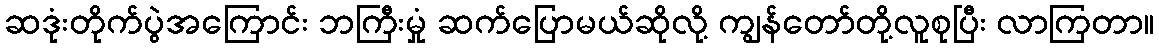
ဆဒုံးတိုက်ပွဲအကြောင်း ဘကြီးမှုံ ဆက်ပြောမယ်ဆိုလို့ ကျွန်တော်တို့လူစုပြီး လာကြတာ။